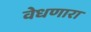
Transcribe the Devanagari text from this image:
वेधणारा